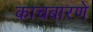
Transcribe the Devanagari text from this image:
काचबारणे